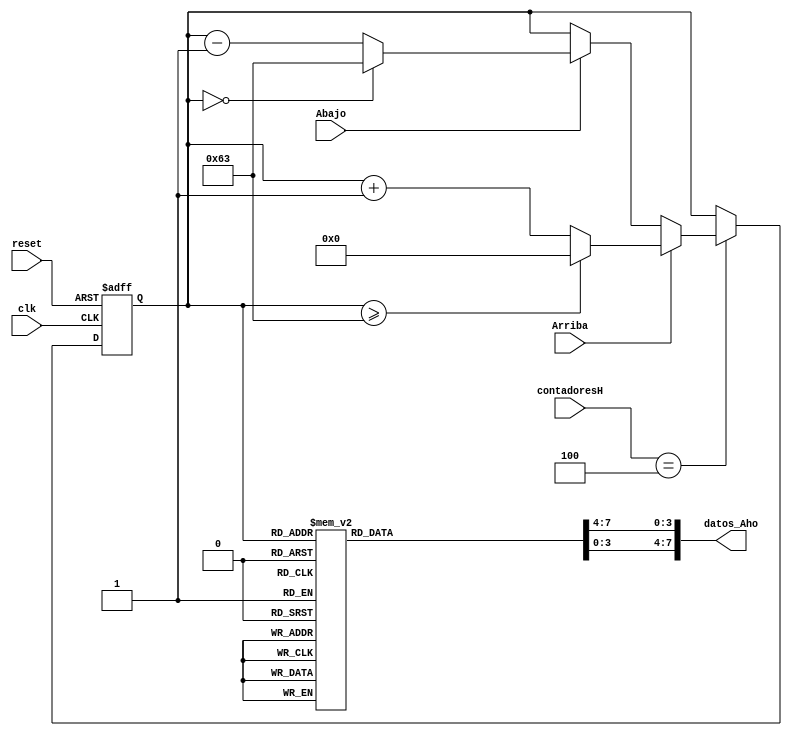
`timescale 1ns / 1ps
//////////////////////////////////////////////////////////////////////////////////
// Company: 
// Engineer: 
// 
// Design Name: 
// Module Name: contador_AD_YEAR_2dig
// Project Name: 
// Target Devices: 
// Tool Versions: 
// Description: 
// 
// Dependencies: 
// 
// Revision:
// Revision 0.01 - File Created
// Additional Comments:
// 
//////////////////////////////////////////////////////////////////////////////////


module contador_AD_YEAR_2dig
(
input wire clk,
input wire reset,
input wire [3:0] contadoresH,//en_count,
input wire Arriba,//enUP,
input wire Abajo,//enDOWN,
output wire [7:0] datos_Aho//data_YEAR
);

localparam N = 7; // Para definir el nmero de bits del contador (hasta 99->7 bits)
//Declaracin de seales
reg [N-1:0] q_act, q_next;
wire [N-1:0] count_data;
reg [3:0] digit1, digit0;

// Bits del contador para generar una seal peridica de (2^N)*10ns
localparam N_bits =24;//~4Hz

reg [N_bits-1:0] btn_pulse_reg;
reg btn_pulse;

always @(posedge clk, posedge reset) //ciclo donde cada vez que hay una subida de reloj suma 1 al registro btn_pulse
begin
	if (reset)begin btn_pulse_reg <= 0; btn_pulse <= 0; end
	
	else
	begin
		if (btn_pulse_reg == 24'd12999999) //cuando llege a 12999999 se reinicia el registro
			begin
			btn_pulse_reg <= 0;
			btn_pulse <= ~btn_pulse;
			end
		else
			btn_pulse_reg <= btn_pulse_reg + 1'b1;
	end
end	
//____________________________________________________________________________________________________________



always@(posedge clk, posedge reset) //cada vez que hay un cambio de bajo a alto de btn_pulse el q_act cambia al estado siguiente
begin	
	
	if(reset)
	begin
		q_act <= 7'b0;
	end
	
	else
	begin
		q_act <= q_next;
	end
end


//Lgica de salida

always@*
begin

	if (contadoresH == 4) //ciclo donde cada vez que los contadores habilitados sea 4 va a poder cofigurar los anos sumando 1 o restando 1 al q_act
	begin
		if (Arriba)
		begin
			if (q_act >= 7'd99) q_next = 7'd0;
			else q_next = q_act + 7'd1;
		end
		
		else if (Abajo)
		begin
			if (q_act == 7'd0) q_next = 7'd99;
			else q_next = q_act - 7'd1;
		end
		else q_next = q_act;
	end
	else q_next = q_act; //si no el contadoresH no es 4 se mantiene el valor de q_act
	
end

assign count_data = q_act;



always@* // Se decodifica el count_data a de decimal a binario con 2 digitos
begin
case(count_data)
7'd0: begin digit1 = 4'b0000; digit0 = 4'b0000; end
7'd1: begin digit1 = 4'b0000; digit0 = 4'b0001; end
7'd2: begin digit1 = 4'b0000; digit0 = 4'b0010; end
7'd3: begin digit1 = 4'b0000; digit0 = 4'b0011; end
7'd4: begin digit1 = 4'b0000; digit0 = 4'b0100; end
7'd5: begin digit1 = 4'b0000; digit0 = 4'b0101; end
7'd6: begin digit1 = 4'b0000; digit0 = 4'b0110; end
7'd7: begin digit1 = 4'b0000; digit0 = 4'b0111; end
7'd8: begin digit1 = 4'b0000; digit0 = 4'b1000; end
7'd9: begin digit1 = 4'b0000; digit0 = 4'b1001; end

7'd10: begin digit1 = 4'b0001; digit0 = 4'b0000; end
7'd11: begin digit1 = 4'b0001; digit0 = 4'b0001; end
7'd12: begin digit1 = 4'b0001; digit0 = 4'b0010; end
7'd13: begin digit1 = 4'b0001; digit0 = 4'b0011; end
7'd14: begin digit1 = 4'b0001; digit0 = 4'b0100; end
7'd15: begin digit1 = 4'b0001; digit0 = 4'b0101; end
7'd16: begin digit1 = 4'b0001; digit0 = 4'b0110; end
7'd17: begin digit1 = 4'b0001; digit0 = 4'b0111; end
7'd18: begin digit1 = 4'b0001; digit0 = 4'b1000; end
7'd19: begin digit1 = 4'b0001; digit0 = 4'b1001; end

7'd20: begin digit1 = 4'b0010; digit0 = 4'b0000; end
7'd21: begin digit1 = 4'b0010; digit0 = 4'b0001; end
7'd22: begin digit1 = 4'b0010; digit0 = 4'b0010; end
7'd23: begin digit1 = 4'b0010; digit0 = 4'b0011; end
7'd24: begin digit1 = 4'b0010; digit0 = 4'b0100; end
7'd25: begin digit1 = 4'b0010; digit0 = 4'b0101; end
7'd26: begin digit1 = 4'b0010; digit0 = 4'b0110; end
7'd27: begin digit1 = 4'b0010; digit0 = 4'b0111; end
7'd28: begin digit1 = 4'b0010; digit0 = 4'b1000; end
7'd29: begin digit1 = 4'b0010; digit0 = 4'b1001; end

7'd30: begin digit1 = 4'b0011; digit0 = 4'b0000; end
7'd31: begin digit1 = 4'b0011; digit0 = 4'b0001; end
7'd32: begin digit1 = 4'b0011; digit0 = 4'b0010; end
7'd33: begin digit1 = 4'b0011; digit0 = 4'b0011; end
7'd34: begin digit1 = 4'b0011; digit0 = 4'b0100; end
7'd35: begin digit1 = 4'b0011; digit0 = 4'b0101; end
7'd36: begin digit1 = 4'b0011; digit0 = 4'b0110; end
7'd37: begin digit1 = 4'b0011; digit0 = 4'b0111; end
7'd38: begin digit1 = 4'b0011; digit0 = 4'b1000; end
7'd39: begin digit1 = 4'b0011; digit0 = 4'b1001; end

7'd40: begin digit1 = 4'b0100; digit0 = 4'b0000; end
7'd41: begin digit1 = 4'b0100; digit0 = 4'b0001; end
7'd42: begin digit1 = 4'b0100; digit0 = 4'b0010; end
7'd43: begin digit1 = 4'b0100; digit0 = 4'b0011; end
7'd44: begin digit1 = 4'b0100; digit0 = 4'b0100; end
7'd45: begin digit1 = 4'b0100; digit0 = 4'b0101; end
7'd46: begin digit1 = 4'b0100; digit0 = 4'b0110; end
7'd47: begin digit1 = 4'b0100; digit0 = 4'b0111; end
7'd48: begin digit1 = 4'b0100; digit0 = 4'b1000; end
7'd49: begin digit1 = 4'b0100; digit0 = 4'b1001; end

7'd50: begin digit1 = 4'b0101; digit0 = 4'b0000; end
7'd51: begin digit1 = 4'b0101; digit0 = 4'b0001; end
7'd52: begin digit1 = 4'b0101; digit0 = 4'b0010; end
7'd53: begin digit1 = 4'b0101; digit0 = 4'b0011; end
7'd54: begin digit1 = 4'b0101; digit0 = 4'b0100; end
7'd55: begin digit1 = 4'b0101; digit0 = 4'b0101; end
7'd56: begin digit1 = 4'b0101; digit0 = 4'b0110; end
7'd57: begin digit1 = 4'b0101; digit0 = 4'b0111; end
7'd58: begin digit1 = 4'b0101; digit0 = 4'b1000; end
7'd59: begin digit1 = 4'b0101; digit0 = 4'b1001; end

7'd60: begin digit1 = 4'b0110; digit0 = 4'b0000; end
7'd61: begin digit1 = 4'b0110; digit0 = 4'b0001; end
7'd62: begin digit1 = 4'b0110; digit0 = 4'b0010; end
7'd63: begin digit1 = 4'b0110; digit0 = 4'b0011; end
7'd64: begin digit1 = 4'b0110; digit0 = 4'b0100; end
7'd65: begin digit1 = 4'b0110; digit0 = 4'b0101; end
7'd66: begin digit1 = 4'b0110; digit0 = 4'b0110; end
7'd67: begin digit1 = 4'b0110; digit0 = 4'b0111; end
7'd68: begin digit1 = 4'b0110; digit0 = 4'b1000; end
7'd69: begin digit1 = 4'b0110; digit0 = 4'b1001; end

7'd70: begin digit1 = 4'b0111; digit0 = 4'b0000; end
7'd71: begin digit1 = 4'b0111; digit0 = 4'b0001; end
7'd72: begin digit1 = 4'b0111; digit0 = 4'b0010; end
7'd73: begin digit1 = 4'b0111; digit0 = 4'b0011; end
7'd74: begin digit1 = 4'b0111; digit0 = 4'b0100; end
7'd75: begin digit1 = 4'b0111; digit0 = 4'b0101; end
7'd76: begin digit1 = 4'b0111; digit0 = 4'b0110; end
7'd77: begin digit1 = 4'b0111; digit0 = 4'b0111; end
7'd78: begin digit1 = 4'b0111; digit0 = 4'b1000; end
7'd79: begin digit1 = 4'b0111; digit0 = 4'b1001; end

7'd80: begin digit1 = 4'b1000; digit0 = 4'b0000; end
7'd81: begin digit1 = 4'b1000; digit0 = 4'b0001; end
7'd82: begin digit1 = 4'b1000; digit0 = 4'b0010; end
7'd83: begin digit1 = 4'b1000; digit0 = 4'b0011; end
7'd84: begin digit1 = 4'b1000; digit0 = 4'b0100; end
7'd85: begin digit1 = 4'b1000; digit0 = 4'b0101; end
7'd86: begin digit1 = 4'b1000; digit0 = 4'b0110; end
7'd87: begin digit1 = 4'b1000; digit0 = 4'b0111; end
7'd88: begin digit1 = 4'b1000; digit0 = 4'b1000; end
7'd89: begin digit1 = 4'b1000; digit0 = 4'b1001; end

7'd90: begin digit1 = 4'b1001; digit0 = 4'b0000; end
7'd91: begin digit1 = 4'b1001; digit0 = 4'b0001; end
7'd92: begin digit1 = 4'b1001; digit0 = 4'b0010; end
7'd93: begin digit1 = 4'b1001; digit0 = 4'b0011; end
7'd94: begin digit1 = 4'b1001; digit0 = 4'b0100; end
7'd95: begin digit1 = 4'b1001; digit0 = 4'b0101; end
7'd96: begin digit1 = 4'b1001; digit0 = 4'b0110; end
7'd97: begin digit1 = 4'b1001; digit0 = 4'b0111; end
7'd98: begin digit1 = 4'b1001; digit0 = 4'b1000; end
7'd99: begin digit1 = 4'b1001; digit0 = 4'b1001; end

default:  begin digit1 = 0; digit0 = 0; end
endcase
end

assign datos_Aho = {digit1,digit0};

endmodule